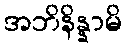
အဘိနိန္နာမိ